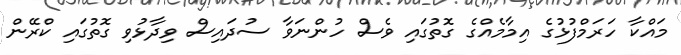
މައްކާ ހަރަމްފުޅުގެ އިމާމެއްގެ ގޮތުގައި ވެސް ހުންނަވާ ސުދައިސް ވިދާޅުވި ގޮތުގައި ކްރޭން